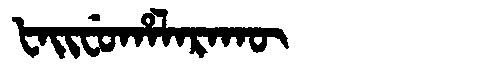
Manchu: ᡶᠠᡳᠸᡠᡥᠠᠯᠠᡵᠠᡴᡡ
Romanization: FAIFUHALARAKŪ